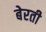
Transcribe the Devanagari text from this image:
बेरती